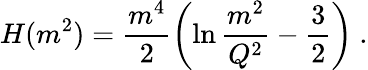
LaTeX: H(m^{2})={\frac{m^{4}}{2}}\biggl(\ln{\frac{m^{2}}{Q^{2}}}-{\frac{3}{2}}\biggr)\ .